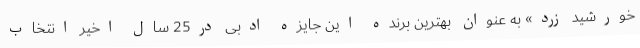
خورشید زرد» به عنوان بهترین برنده این جایزه ادبی در25 سال اخیر انتخاب